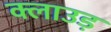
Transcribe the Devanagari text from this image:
क्लाउड़